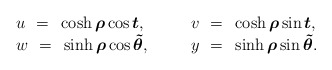
\begin{align*}\begin{array}{ll}u~=~\cosh\mbox{\boldmath $\rho$}\cos\mbox{\boldmath $t$},~~~~~&v~=~\cosh\mbox{\boldmath $\rho$}\sin\mbox{\boldmath $t$},\\w~=~\sinh\mbox{\boldmath $\rho$}\cos\mbox{\boldmath $\tilde{\theta}$},~~~~~&y~=~\sinh\mbox{\boldmath $\rho$}\sin\mbox{\boldmath $\tilde{\theta}$}.\end{array}\end{align*}